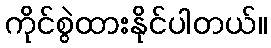
ကိုင်စွဲထားနိုင်ပါတယ်။